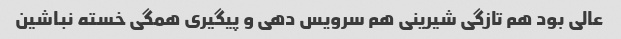
عالی بود هم تازگی شیرینی هم سرویس دهی و پیگیری همگی خسته نباشین